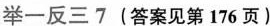
举一反三7(答案见第176页)